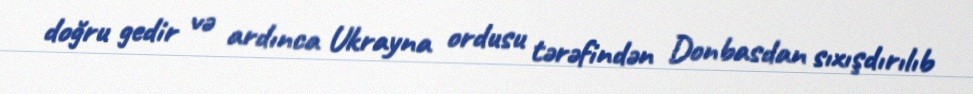
doğru gedir və ardınca Ukrayna ordusu tərəfindən Donbasdan sıxışdırılıb